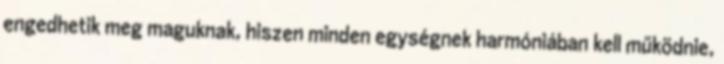
engedhetik meg maguknak, hiszen minden egységnek harmóniában kell működnie,